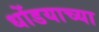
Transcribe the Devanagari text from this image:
धोंडयाच्या